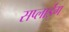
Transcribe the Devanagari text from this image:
सप्लाईंग